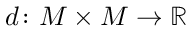
d \colon M \times M \rightarrow \mathbb { R }